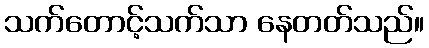
သက်တောင့်သက်သာ နေတတ်သည်။